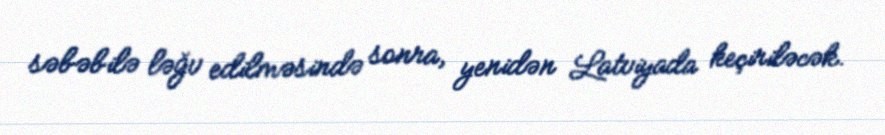
səbəbilə ləğv edilməsində sonra, yenidən Latviyada keçiriləcək.